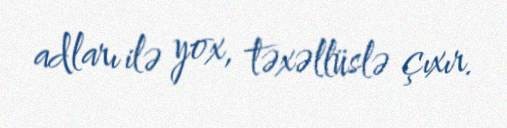
adları ilə yox, təxəllüslə çıxır.